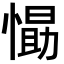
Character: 𭞛